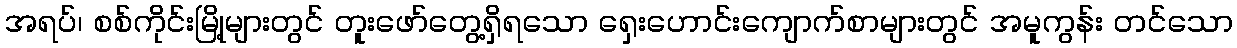
အရပ်၊ စစ်ကိုင်းမြို့များတွင် တူးဖော်တွေ့ရှိရသော ရှေးဟောင်းကျောက်စာများတွင် အမူကွန်း တင်သော